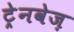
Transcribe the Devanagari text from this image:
ट्रेनवेज़